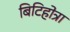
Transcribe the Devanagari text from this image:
बिटिहोत्रा